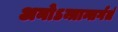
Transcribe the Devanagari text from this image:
अनोऽन्त्रान्तर्गतं